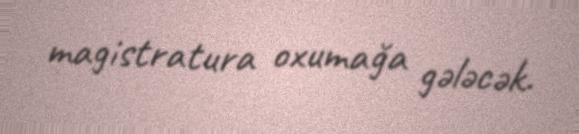
magistratura oxumağa gələcək.